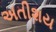
અતીશય